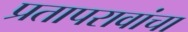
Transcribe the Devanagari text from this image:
प्रतापरावांचा